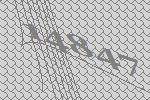
14847